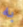
به